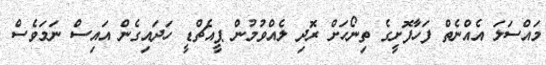
މައްސަލަ އެއްނެތް ފަހާފޮށީގެ ތިނޯހަށް ރޮދި ލެއްވުމުން ޕީއެޗްޑީ ހަދައިގެން އައިސް ނަމަވެސް